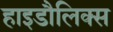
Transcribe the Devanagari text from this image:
हाइडौलिक्स